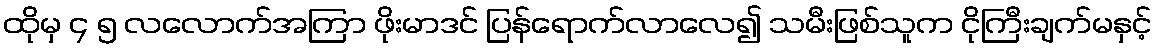
ထိုမှ ၄ ၅ လလောက်အကြာ ဖိုးမာဒင် ပြန်ရောက်လာလေ၍ သမီးဖြစ်သူက ငိုကြီးချက်မနှင့်